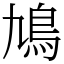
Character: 鳩